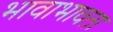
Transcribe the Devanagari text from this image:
भावाभावता